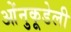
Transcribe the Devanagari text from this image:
ओंनुकूडेली